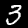
Label: 3